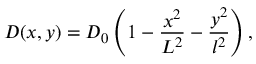
D ( x , y ) = D _ { 0 } \left( 1 - \frac { x ^ { 2 } } { L ^ { 2 } } - \frac { y ^ { 2 } } { l ^ { 2 } } \right) ,